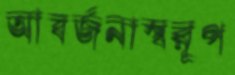
আবর্জনাস্বরূপ